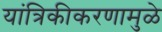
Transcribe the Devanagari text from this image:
यांत्रिकीकरणामुळे